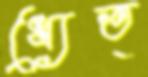
ধ্যেত্